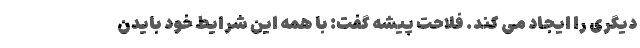
دیگری را ایجاد می کند. فلاحت پیشه گفت: با همه این شرایط خود بایدن